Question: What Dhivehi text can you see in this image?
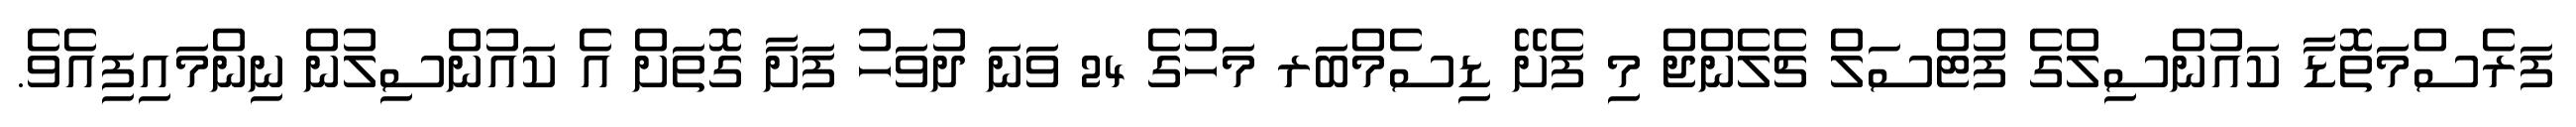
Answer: ފަރެސްމަތޮޑާ ކައުންސިލްގެ ފުޓްސަލް ޗެލެންޖް މި ފެށޭ ޑިސެމްބަރ މަހުގެ 24 ވަނަ ދުވަހު ފަށާ ގޮތަށް އެ ކައުންސިލުން ނިންމައިފިއެވެ.